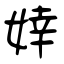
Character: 婞